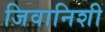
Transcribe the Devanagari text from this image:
जिवानिशी